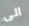
الى